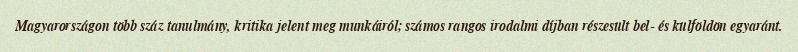
Magyarországon több száz tanulmány, kritika jelent meg munkáiról; számos rangos irodalmi díjban részesült bel- és külföldön egyaránt.